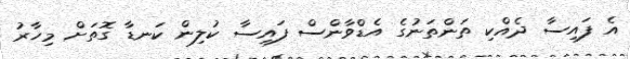
އެ ފައިސާ ދެއްކި ތަންތަނުގެ އެޑްވާންސް ފައިސާ ކުލިން ކަނޑާ ގޮތަށް މިހާރު